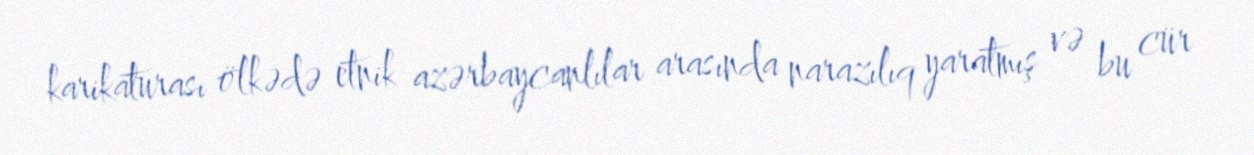
karikaturası ölkədə etnik azərbaycanlılar arasında narazılıq yaratmış və bu cür